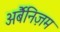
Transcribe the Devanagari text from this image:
अर्बैनिज़म